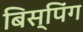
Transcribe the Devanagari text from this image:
बिस्पिंग